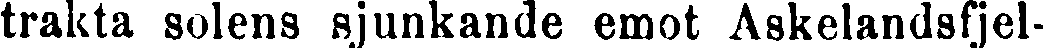
trakta solens sjunkande emot Askelandsfjel-